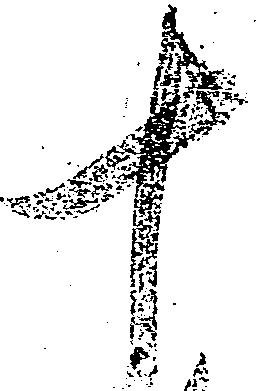
十